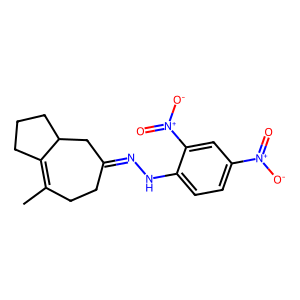
SMILES: CC1=C2CCCC2CC(=NNc2ccc([N+](=O)[O-])cc2[N+](=O)[O-])CC1
Inhibits HIV replication: No